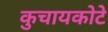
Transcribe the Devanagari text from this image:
कुचायकोटे